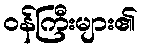
ဝန်ကြီးများ၏